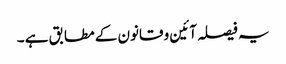
یہ فیصلہ آئین و قانون کے مطابق ہے ۔